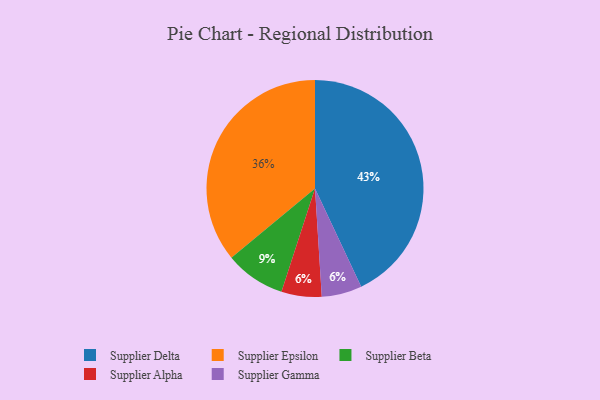
{"axis": {"x": "Category", "y": "Percentage"}, "legend": ["Supplier Alpha", "Supplier Beta", "Supplier Delta", "Supplier Epsilon", "Supplier Gamma"], "data": [{"x": "Supplier Alpha", "y": 6, "type": "Supplier Alpha"}, {"x": "Supplier Gamma", "y": 6, "type": "Supplier Gamma"}, {"x": "Supplier Beta", "y": 9, "type": "Supplier Beta"}, {"x": "Supplier Epsilon", "y": 36, "type": "Supplier Epsilon"}, {"x": "Supplier Delta", "y": 43, "type": "Supplier Delta"}]}